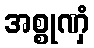
အစ္စုဏှံ